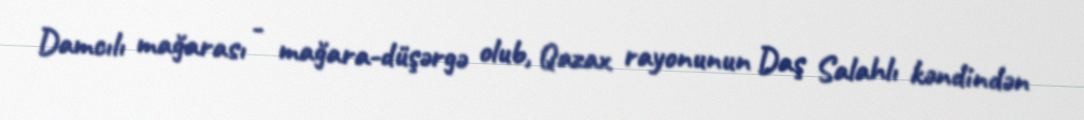
Damcılı mağarası - mağara-düşərgə olub, Qazax rayonunun Daş Salahlı kəndindən